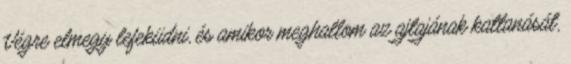
Végre elmegy lefeküdni, és amikor meghallom az ajtajának kattanását,